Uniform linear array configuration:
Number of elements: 48
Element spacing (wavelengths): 0.5
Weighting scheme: exponential
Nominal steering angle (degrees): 0
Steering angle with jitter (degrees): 0.9279
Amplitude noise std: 0.05
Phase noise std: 0.05

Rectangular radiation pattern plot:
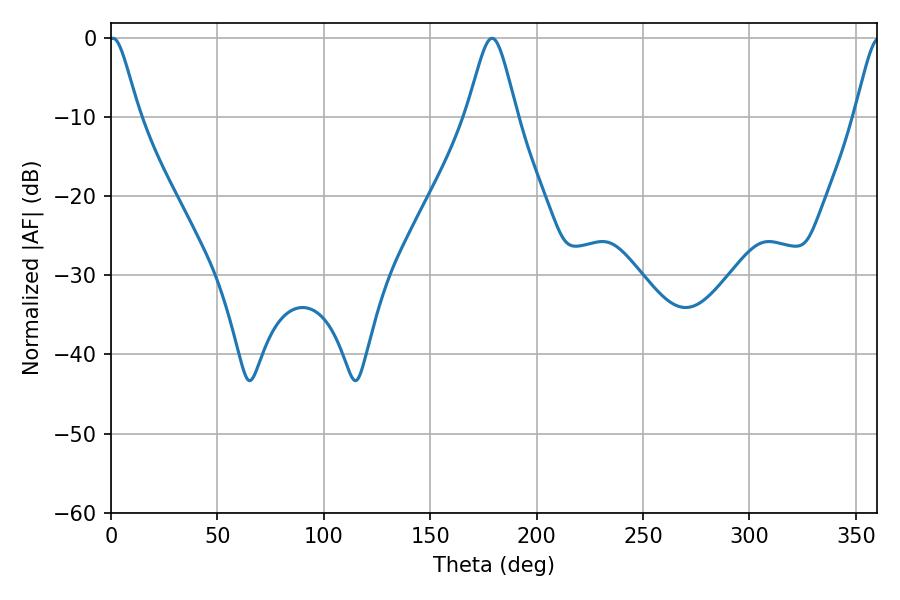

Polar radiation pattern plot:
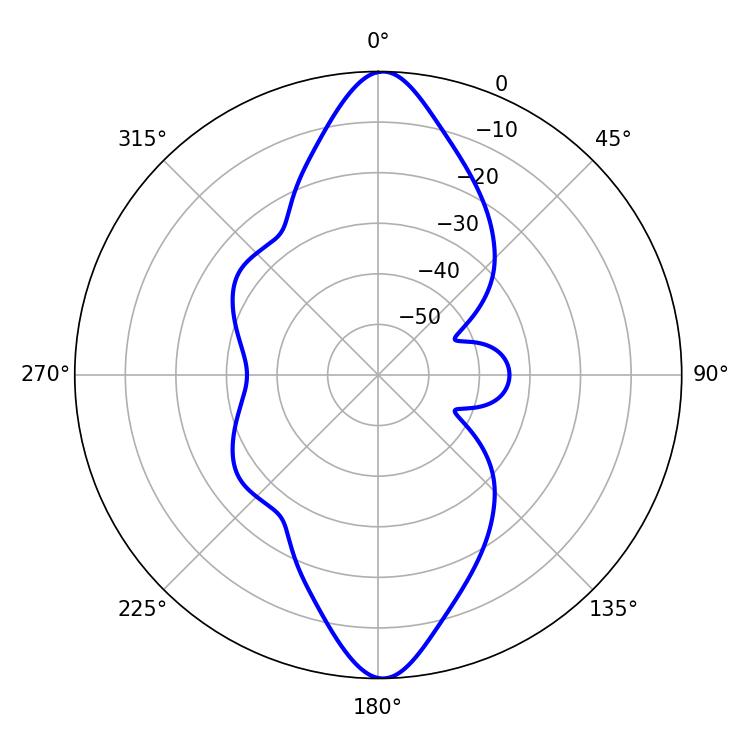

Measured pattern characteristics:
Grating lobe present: FALSE
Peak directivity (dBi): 22.765
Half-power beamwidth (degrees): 6.66
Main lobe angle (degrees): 0.9